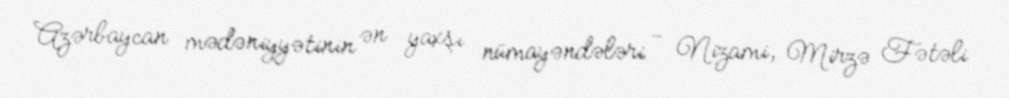
Azərbaycan mədəniyyətinin ən yaxşı nümayəndələri - Nizami, Mirzə Fətəli